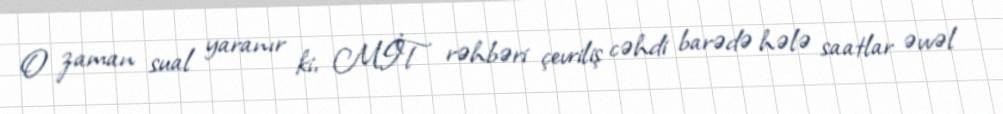
O zaman sual yaranır ki, MİT rəhbəri çevriliş cəhdi barədə hələ saatlar əvvəl